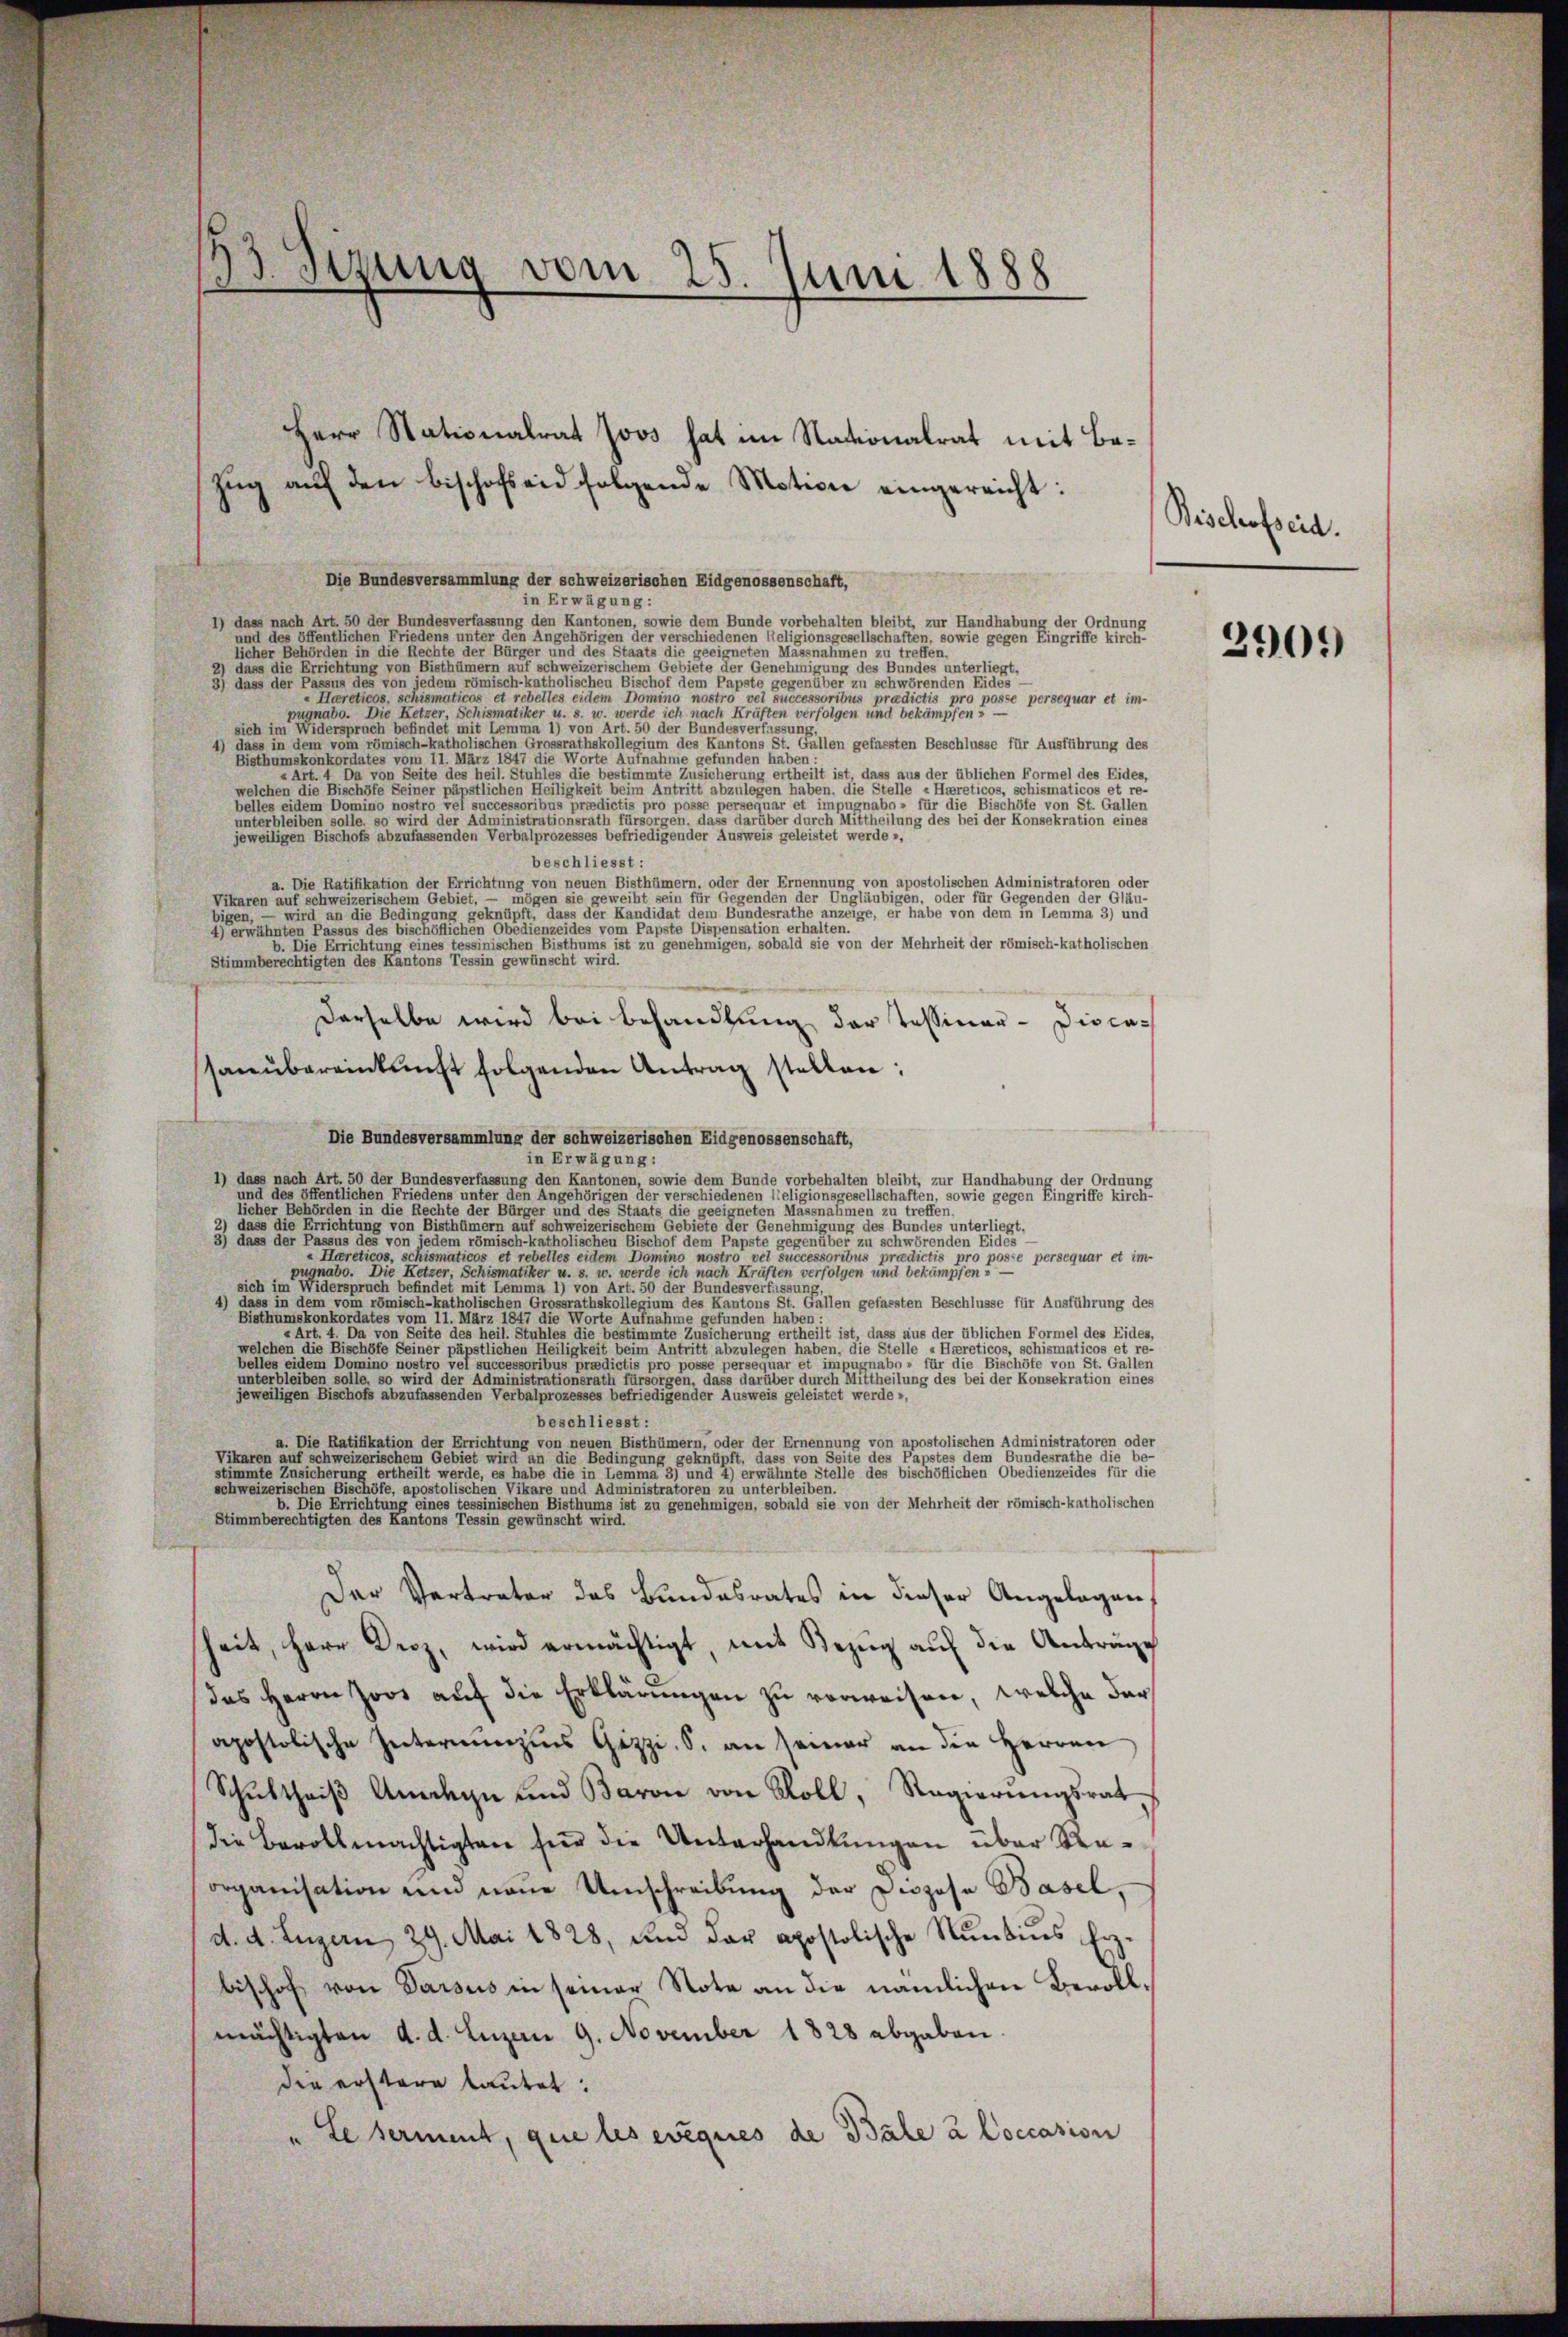
33 sezung vom 23. Juni 1858

Die Bundesversammlung der schweizerischen Eidgenossenschaft,
in Erwägung:
1) dass nach Art. 50 der Bundesverfassung den Kantonen, sowie dem Bunde vorbehalten bleibt, zur Handhabung der Ordnung
und des öffentlichen Friedens unter den Angehörigen der verschiedenen Religionsgesellschaften, sowie gegen Eingriffe kirch-
licher Behörden in die Rechte der Bürger und des Staats die geeigneten Massnahmen zu treffen.
dass die Errichtung von Bisthümern auf schweizerischem Gebiete der Genehmigung des Bundes unterliegt,
3) dass der Passus des von jedem römisch-katholischen Bischof dem Papste gegenüber zu schwörenden Eides
« Hareticos, schismaticos et rebelles eidem Domino nostro vel successoribus praedictis pro posse persequar et im-
pugnabo. Die Ketzer, Schismatiker u. s. w. werde ich nach Kräften verfolgen und bekämpfen 5 —
sich im Widerspruch befindet mit Lemma 1) von Art. 50 der Bundesverfassung,
dass in dem vom römisch-katholischen Grossrathskollegium des Kantons St. Gallen gefassten Beschlüsse für Ausführung des
Bisthumskonkordates vom 11. März 1847 die Worte Aufnahme gefunden haben:
« Art. 4 Da von Seite des heil. Stuhles die bestimmte Zusicherung ertheilt ist, dass aus der üblichen Formel des Eides,
welchen die Bischöfe Seiner päpstlichen Heiligkeit beim Antritt abzulegen haben, die Stelle «Hareticos, schismaticos et re-
belles eidem Domino nostro vel successoribus praedictis pro posse persequar et impugnabo » für die Bischöfe von St. Gallen
unterbleiben solle. so wird der Administrationsrath fürsorgen, dass darüber durch Mittheilung des bei der Konsekration eines
jeweiligen Bischofs abzufassenden Verbalprozesses befriedigender Ausweis geleistet werde »,
beschliesst:
a. Die Ratifikation der Errichtung von neuen Bisthümern, oder der Ernennung von apostolischen Administratoren oder
Vikaren auf schweizerischem Gebiet, — mögen sie geweiht sein für Gegenden der Ungläubigen, oder für Gegenden der Gläu-
bigen, — wird an die Bedingung geknüpft, dass der Kandidat dem Bundesrathe anzeige, er habe von dem in Lemma 3) und
4) erwähnten Passus des bischöflichen Obedienzeides vom Papste Dispensation erhalten.
b. Die Errichtung eines tessinischen Bisthums ist zu genehmigen, sobald sie von der Mehrheit der römisch-katholischen
Stimmberechtigten des Kantons Tessin gewünscht wird.
derselbe wird bei Behandlung der Tessinar- Diocasanŭbereinkunft folgenden Antrag stellen:
Die Bundesversammlung der schweizerischen Eidgenossenschaft,
in Erwägung:
1) dass nach Art. 50 der Bundesverfassung den Kantonen, sowie dem Bunde vorbehalten bleibt, zur Handhabung der Ordnung
und des öffentlichen Friedens unter den Angehörigen der verschiedenen l’eligionsgesellschaften, sowie gegen Eingriffe kirch-
licher Behörden in die Rechte der Bürger und des Staats die geeigneten Massnahmen zu treffen.
2) dass die Errichtung von Bisthümern auf schweizerischem Gebiete der Genehmigung des Bundes unterliegt.
3) dass der Passus des von jedem römisch-katholischen Bischof dem Papste gegenüber zu schwörenden Eides
« Harreticos, schismaticos et rebelles eidem Domino nostro vel successoribus prcedictis pro pose persequar et im-
pugnabo. Die Ketzer, Schismatiker u. s. w. werde ich nach Kräften verfolgen und bekämpfen? —
sich im Widerspruch befindet mit Lemma 1) von Art. 50 der Bundesverfassung,
dass in dem vom römisch-katholischen Grossrathskollegium des Kantons St. Gallen gefassten Beschlüsse für Ausführung des
Bisthumskonkordates vom 11. März 1847 die Worte Aufnahme gefunden haben:
« Art. 4. Da von Seite des heil. Stuhles die bestimmte Zusicherung ertheilt ist, dass aus der üblichen Formel des Eides,
welchen die Bischöfe Seiner päpstlichen Heiligkeit beim Antritt abzulegen haben, die Stelle «Haereticos, schismaticos et re-
belles eidem Domino nostro vel successoribus praedictis pro posse persequar et impugnabo » für die Bischöfe von St. Gallen
unterbleiben solle, so wird der Administrationsrath fürsorgen, dass darüber durch Mittheilung des bei der Konsekration eines
jeweiligen Bischofs abzufassenden Verbalprozesses befriedigender Ausweis geleistet werde »,
beschliesst:
a. Die Ratifikation der Errichtung von neuen Bisthümern, oder der Ernennung von apostolischen Administratoren oder
Vikaren auf schweizerischem Gebiet wird an die Bedingung geknüpft, dass von Seite des Papstes dem Bundesrathe die be-
stimmte Zusicherung ertheilt werde, es habe die in Lemma 3) und 4) erwähnte Stelle des bischöflichen Obedienzeides für die
schweizerischen Bischöfe, apostolischen Vikare und Administratoren zu unterbleiben.
b. Die Errichtung eines tessinischen Bisthums ist zu genehmigen, sobald sie von der Mehrheit der römisch-katholischen
Stimmberechtigten des Kantons Tessin gewünscht wird.
Der Vertreter das Bundesrates in dieser Angelegen
keit, Herr Droz, wird ermächtigt mit Bezug aus die Anträge
das Herrn Joos auf die Erklärungen zu verweiten, welche der
apostolische Internunzius Gizzi, S. an seiner an die Herren
Schŭlttniβ Amden und Baron von Roll, Regierŭngsrat
die Bevollmächtigten für die Unterhandlungen über Staorganisation und neue Umschreibung der Dispose Basel.
d. d. Luzern, 29. Mai 1828, und der apostolische Nŭnbins Erz.
bischof von Parsus in seiner Note an die nämlichen Bevollmächtigten d. d. Einen 9. November 1828 abgaben.
die erstare lautet:
ude serment, que les eveques de Bale à Coccasion

Herr Stationalrat Joos hat im Nationalrat mit Ba¬

ŭng aŭf den Bischofseid folgende Motion eingereicht:

Bischofseid.

2909)